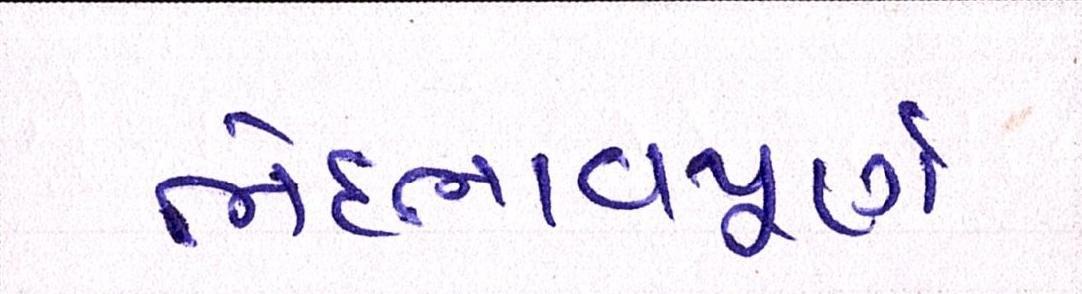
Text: ભેદભાવપૂર્ણ